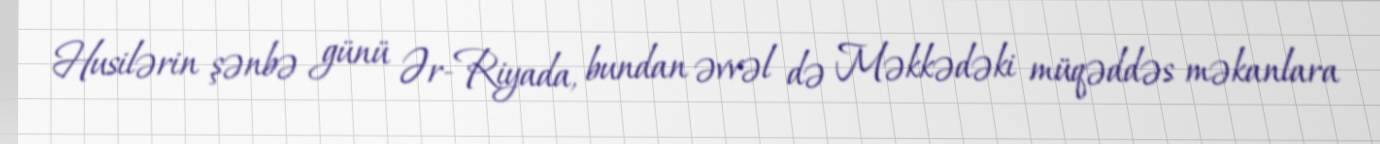
Husilərin şənbə günü Ər-Riyada, bundan əvvəl də Məkkədəki müqəddəs məkanlara